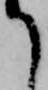
て